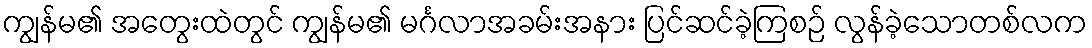
ကျွန်မ၏ အတွေးထဲတွင် ကျွန်မ၏ မင်္ဂလာအခမ်းအနား ပြင်ဆင်ခဲ့ကြစဉ် လွန်ခဲ့သောတစ်လက